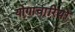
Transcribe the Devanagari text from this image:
योगाचारियों